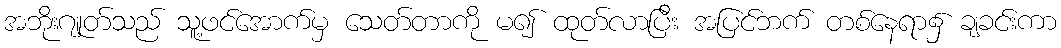
အဘိုးဂျုတ်သည် သူ့ဖင်အောက်မှ သေတ်တာကို မ၍ ထုတ်လာပြီး အပြင်ဘက် တစ်နေရာ၌ ချခင်းကာ